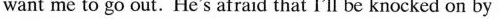
want me to go out. He's afraid that I'll be knocked on by